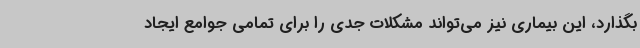
بگذارد، این بیماری نیز می‌تواند مشکلات جدی را برای تمامی جوامع ایجاد